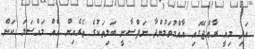
އަދި މިއީ ރާއްޖޭގައި އާއްމުވަމުންދާ ނަފްސާނީ ބަލިތަކުގެ ތެރެއިން އެއް މައްސަލަ ކަން